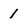
Character: 1